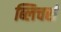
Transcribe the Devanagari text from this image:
ब्लिचर्स